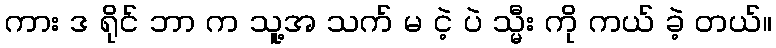
ကား ဒ ရိုင် ဘာ က သူ့အ သက် မ ငဲ့ ပဲ သ္မီး ကို ကယ် ခဲ့ တယ်။